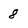
Character: 8